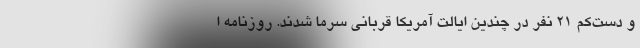
و دست‌کم ۲۱ نفر در چندین ایالت آمریکا قربانی سرما شدند. روزنامه ا